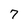
Character: 7